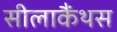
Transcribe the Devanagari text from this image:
सीलाकैंथस